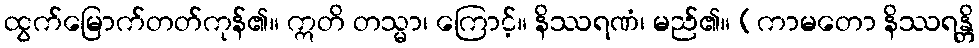
ထွက်မြောက်တတ်ကုန်၏။ ဣတိ တသ္မာ၊ ကြောင့်။ နိဿရဏံ၊ မည်၏။ (ကာမတော နိဿရန္တိ